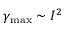
\gamma _ { \mathrm { { m a x } } } \sim I ^ { 2 }